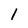
Character: 1